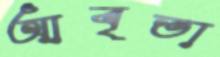
আবৃতা